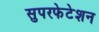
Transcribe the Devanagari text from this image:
सुपरफेटेशन